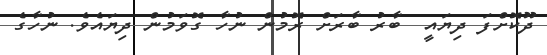
ދޫކޮށްފަ ދިޔައީ  ބާރު ބާރަށް ރޮމުން ނުހާ ގޮވަމުން ދިޔައެވެ. ނުހާގެ